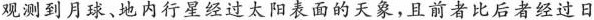
观测到月球、地内行星经过太阳表面的天象，且前者比后者经过日